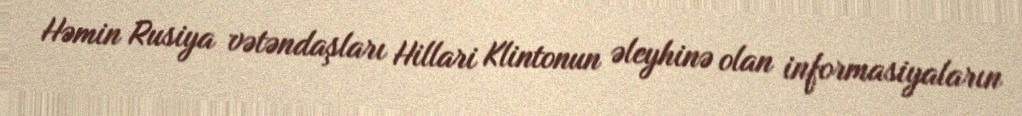
Həmin Rusiya vətəndaşları Hillari Klintonun əleyhinə olan informasiyaların